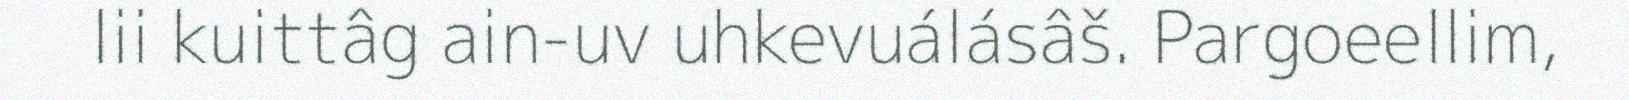
lii kuittâg ain-uv uhkevuálásâš. Pargoeellim,